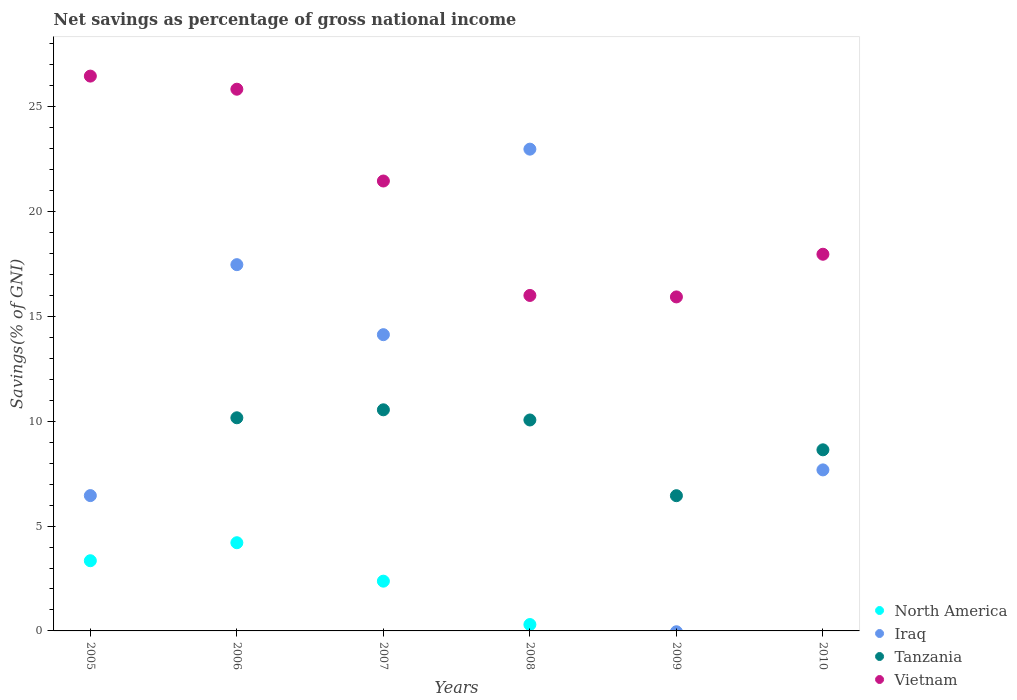
| Years | North America | Iraq | Tanzania | Vietnam |
 | --- | --- | --- | --- | --- |
 | 2005 | 3.35 | 6.45 | -11.2 | 26.5 |
 | 2006 | 4.21 | 17.5 | 10.2 | 25.8 |
 | 2007 | 2.37 | 14.1 | 10.5 | 21.5 |
 | 2008 | 0.305 | 23 | 10.1 | 16 |
 | 2009 | -1.7 | -0.0397 | 6.45 | 15.9 |
 | 2010 | -0.393 | 7.68 | 8.64 | 18 |